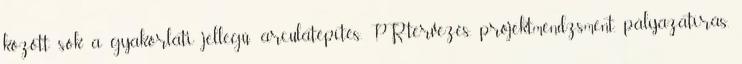
között sok a gyakorlati jellegű: arculatépítés, PR-tervezés, projektmendzsment, pályázatírás,